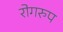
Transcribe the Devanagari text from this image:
रोगरुप